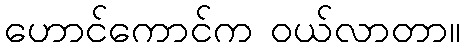
ဟောင်ကောင်က ဝယ်လာတာ။